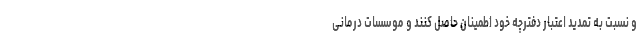
و نسبت به تمدید اعتبار دفترچه خود اطمینان حاصل کنند و موسسات درمانی